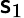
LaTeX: \mathsf{s}_{1}